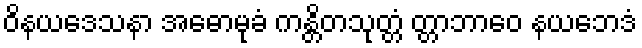
ဝိနယဒေသနာ အဓောမုခံ ကန္တိတသုတ္တံ တ္တာဘာဝေ နယဘေဒံ